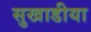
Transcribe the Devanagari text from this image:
सुखाडीया